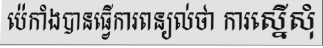
ប៉េកាំងបានធ្វើការពន្យល់ថា ការស្នើសុំ